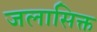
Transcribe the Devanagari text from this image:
जलासिक्त